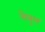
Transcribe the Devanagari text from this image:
सेबुल